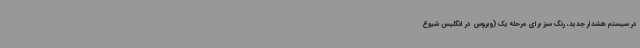
در سیستم هشدار جدید، رنگ سبز برای مرحله یک (ویروس در انگلیس شیوع